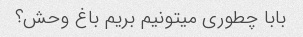
بابا چطوری میتونیم بریم باغ وحش؟